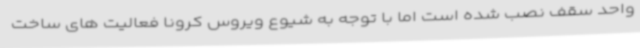
واحد سقف نصب شده است اما با توجه به شیوع ویروس کرونا فعالیت های ساخت